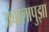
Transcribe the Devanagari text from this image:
अंबालापुझा